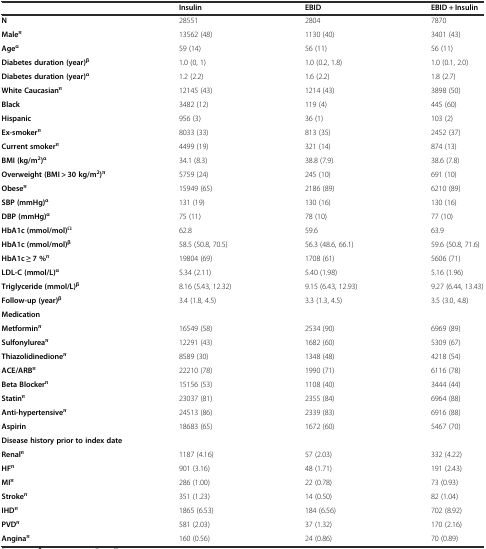
<table><thead><tr><td></td><td><b>Insulin</b></td><td><b>EBID</b></td><td><b>EBID + Insulin</b></td></tr></thead><tbody><tr><td><b>N</b></td><td>28551</td><td>2804</td><td>7870</td></tr><tr><td><b>Male</b><sup><b>π</b></sup></td><td>13562 (48)</td><td>1130 (40)</td><td>3401 (43)</td></tr><tr><td><b>Age</b><sup><b>α</b></sup></td><td>59 (14)</td><td>56 (11)</td><td>56 (11)</td></tr><tr><td><b>Diabetes duration (year)</b><sup><b>β</b></sup></td><td>1.0 (0, 1)</td><td>1.0 (0.2, 1.8)</td><td>1.0 (0.1, 2.0)</td></tr><tr><td><b>Diabetes duration (year)</b><sup><b>α</b></sup></td><td>1.2 (2.2)</td><td>1.6 (2.2)</td><td>1.8 (2.7)</td></tr><tr><td><b>White Caucasian</b><sup><b>π</b></sup></td><td>12145 (43)</td><td>1214 (43)</td><td>3898 (50)</td></tr><tr><td><b>Black</b></td><td>3482 (12)</td><td>119 (4)</td><td>445 (60)</td></tr><tr><td><b>Hispanic</b></td><td>956 (3)</td><td>36 (1)</td><td>103 (2)</td></tr><tr><td><b>Ex-smoker</b><sup><b>π</b></sup></td><td>8033 (33)</td><td>813 (35)</td><td>2452 (37)</td></tr><tr><td><b>Current smoker</b><sup><b>π</b></sup></td><td>4499 (19)</td><td>321 (14)</td><td>874 (13)</td></tr><tr><td><b>BMI (kg/m</b><sup><b>2</b></sup><b>)</b><sup><b>α</b></sup></td><td>34.1 (8.3)</td><td>38.8 (7.9)</td><td>38.6 (7.8)</td></tr><tr><td><b>Overweight (BMI &gt; 30 kg/m</b><sup><b>2</b></sup><b>)</b><sup><b>π</b></sup></td><td>5759 (24)</td><td>245 (10)</td><td>691 (10)</td></tr><tr><td><b>Obese</b><sup><b>π</b></sup></td><td>15949 (65)</td><td>2186 (89)</td><td>6210 (89)</td></tr><tr><td><b>SBP (mmHg)</b><sup><b>α</b></sup></td><td>131 (19)</td><td>130 (16)</td><td>130 (16)</td></tr><tr><td><b>DBP (mmHg)</b><sup><b>α</b></sup></td><td>75 (11)</td><td>78 (10)</td><td>77 (10)</td></tr><tr><td><b>HbA1c (mmol/mol)</b><sup><b>Ω</b></sup></td><td>62.8</td><td>59.6</td><td>63.9</td></tr><tr><td><b>HbA1c (mmol/mol)</b><sup><b>β</b></sup></td><td>58.5 (50.8, 70.5)</td><td>56.3 (48.6, 66.1)</td><td>59.6 (50.8, 71.6)</td></tr><tr><td><b>HbA1c ≥ 7 %</b><sup><b>π</b></sup></td><td>19804 (69)</td><td>1708 (61)</td><td>5606 (71)</td></tr><tr><td><b>LDL-C (mmol/L)</b><sup><b>α</b></sup></td><td>5.34 (2.11)</td><td>5.40 (1.98)</td><td>5.16 (1.96)</td></tr><tr><td><b>Triglyceride (mmol/L)</b><sup><b>β</b></sup></td><td>8.16 (5.43, 12.32)</td><td>9.15 (6.43, 12.93)</td><td>9.27 (6.44, 13.43)</td></tr><tr><td><b>Follow-up (year)</b><sup><b>β</b></sup></td><td>3.4 (1.8, 4.5)</td><td>3.3 (1.3, 4.5)</td><td>3.5 (3.0, 4.8)</td></tr><tr><td colspan="4"><b>Medication</b></td></tr><tr><td><b>Metformin</b><sup><b>π</b></sup></td><td>16549 (58)</td><td>2534 (90)</td><td>6969 (89)</td></tr><tr><td><b>Sulfonylurea</b><sup><b>π</b></sup></td><td>12291 (43)</td><td>1682 (60)</td><td>5309 (67)</td></tr><tr><td><b>Thiazolidinedione</b><sup><b>π</b></sup></td><td>8589 (30)</td><td>1348 (48)</td><td>4218 (54)</td></tr><tr><td><b>ACE/ARB</b><sup><b>π</b></sup></td><td>22210 (78)</td><td>1990 (71)</td><td>6116 (78)</td></tr><tr><td><b>Beta Blocker</b><sup><b>π</b></sup></td><td>15156 (53)</td><td>1108 (40)</td><td>3444 (44)</td></tr><tr><td><b>Statin</b><sup><b>π</b></sup></td><td>23037 (81)</td><td>2355 (84)</td><td>6964 (88)</td></tr><tr><td><b>Anti-hypertensive</b><sup><b>π</b></sup></td><td>24513 (86)</td><td>2339 (83)</td><td>6916 (88)</td></tr><tr><td><b>Aspirin</b></td><td>18683 (65)</td><td>1672 (60)</td><td>5467 (70)</td></tr><tr><td colspan="4"><b>Disease history prior to index date</b></td></tr><tr><td><b>Renal</b><sup><b>π</b></sup></td><td>1187 (4.16)</td><td>57 (2.03)</td><td>332 (4.22)</td></tr><tr><td><b>HF</b><sup><b>π</b></sup></td><td>901 (3.16)</td><td>48 (1.71)</td><td>191 (2.43)</td></tr><tr><td><b>MI</b><sup><b>π</b></sup></td><td>286 (1.00)</td><td>22 (0.78)</td><td>73 (0.93)</td></tr><tr><td><b>Stroke</b><sup><b>π</b></sup></td><td>351 (1.23)</td><td>14 (0.50)</td><td>82 (1.04)</td></tr><tr><td><b>IHD</b><sup><b>π</b></sup></td><td>1865 (6.53)</td><td>184 (6.56)</td><td>702 (8.92)</td></tr><tr><td><b>PVD</b><sup><b>π</b></sup></td><td>581 (2.03)</td><td>37 (1.32)</td><td>170 (2.16)</td></tr><tr><td><b>Angina</b><sup><b>π</b></sup></td><td>160 (0.56)</td><td>24 (0.86)</td><td>70 (0.89)</td></tr></tbody></table>